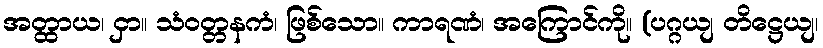
အတ္ထာယ၊ ငှာ။ သံဝတ္တနကံ၊ ဖြစ်သော။ ကာရဏံ၊ အကြောင်ကို။ (ပဂ္ဂယျ တိဋ္ဌေယျ၊